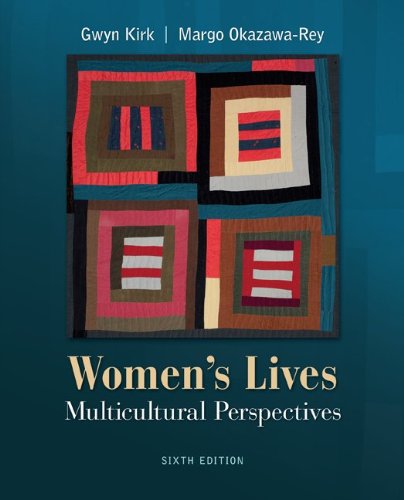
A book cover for Women's Lives: Multicultural Perspectives; Gwyn Kirk; Politics & Social Sciences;